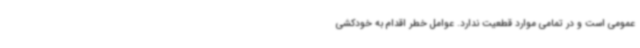
عمومی است و در تمامی موارد قطعیت ندارد. عوامل خطر اقدام به خودکشی